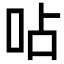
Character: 呫